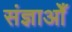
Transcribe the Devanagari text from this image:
संज्ञाओँ